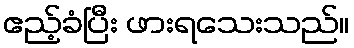
ဧည့်ခံပြီး ဖားရသေးသည်။